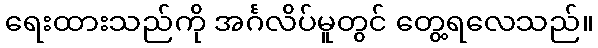
ရေးထားသည်ကို အင်္ဂလိပ်မူတွင် တွေ့ရလေသည်။